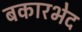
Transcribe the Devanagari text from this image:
बकारभेद